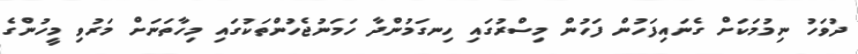
ދުވަހު ނިމުމަކަށް ގެނައިފަހުން ފަހުން މިސްރުގައި ހިނގަމުންދާ ހަމަނުޖެހުންތަކުގައި މިހާތަނަށް މަރުވި މީހުންގެ